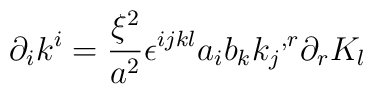
{\partial}_{i}k^{i}= \frac{{\xi}^{2}}{a^{2}}{\epsilon}^{ijkl}a_{i}b_{k}{k_{j}}^{,r}{\partial}_{r}K_{l}